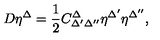
D \eta ^ { \Delta } = \frac { 1 } { 2 } C _ { \Delta ^ { \prime } \Delta ^ { \prime \prime } } ^ { \Delta } \eta ^ { \Delta ^ { \prime } } \eta ^ { \Delta ^ { \prime \prime } } ,